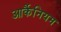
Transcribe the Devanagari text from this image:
आर्कैनियम